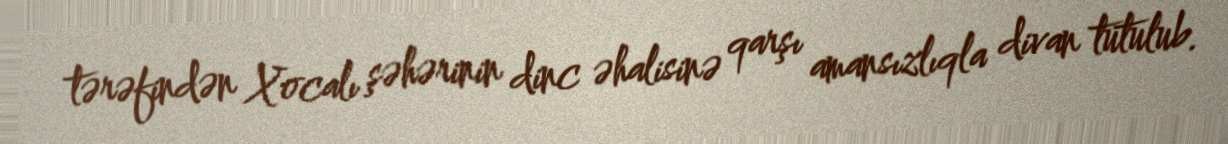
tərəfindən Xocalı şəhərinin dinc əhalisinə qarşı amansızlıqla divan tutulub.